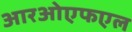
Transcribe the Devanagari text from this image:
आरओएफएल